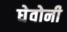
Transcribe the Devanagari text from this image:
घेवोनी